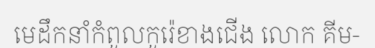
មេដឹកនាំកំពូលកូរ៉េខាងជើង លោក គីម-